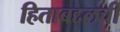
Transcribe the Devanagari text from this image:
हिताबद्दलची